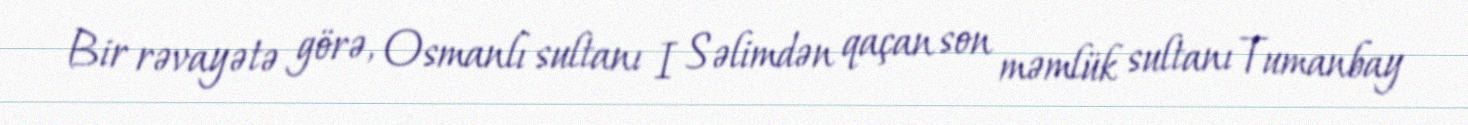
Bir rəvayətə görə, Osmanlı sultanı I Səlimdən qaçan son məmlük sultanı Tumanbay